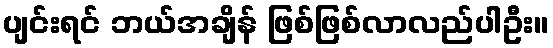
ပျင်းရင် ဘယ်အချိန် ဖြစ်ဖြစ်လာလည်ပါဦး။